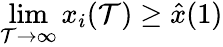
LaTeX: \operatorname*{lim}_{\mathcal{T}\to\infty}x_{i}(\mathcal{T})\geq\hat{{x}}(1)